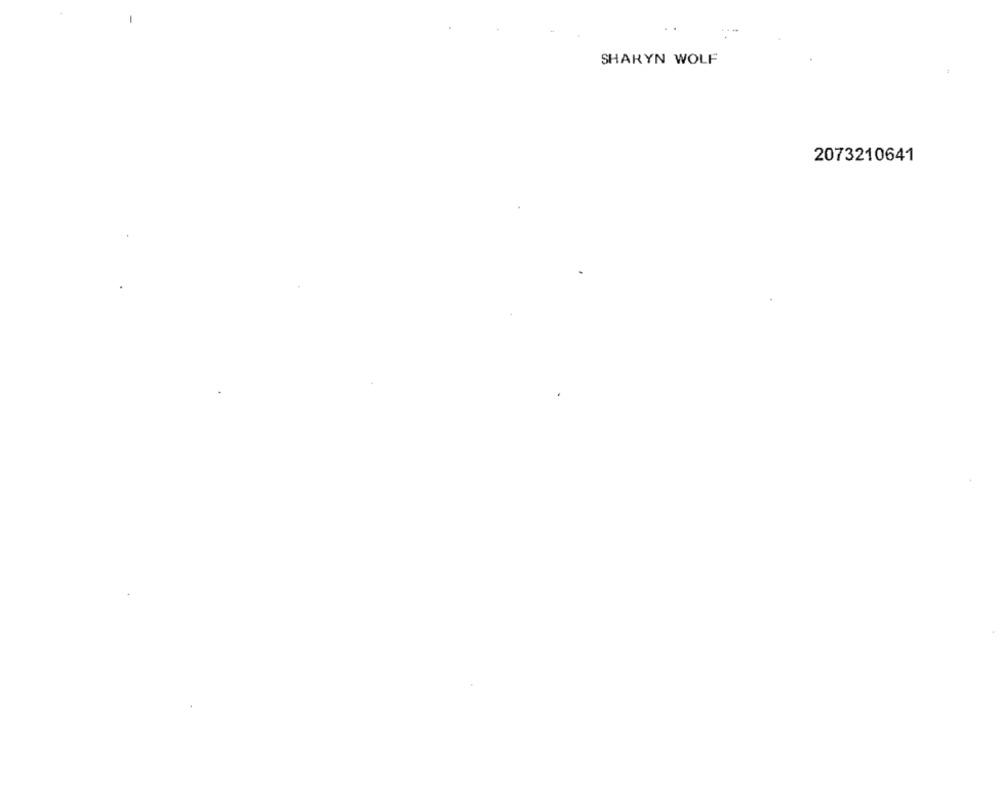
..
SHARYN WOLF
2073210641